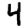
Digit: 4